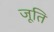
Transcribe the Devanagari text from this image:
जूति